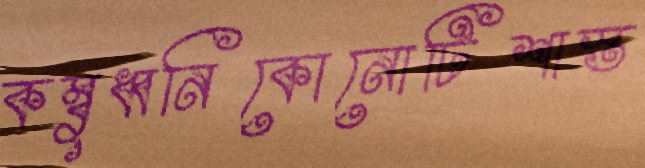
কম্বুধ্বনিকোনোটিশাস্ত